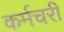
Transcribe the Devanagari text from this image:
कर्मचरी